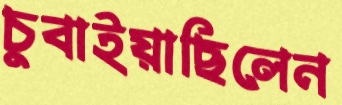
চুবাইয়াছিলেন